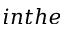
i n t h e